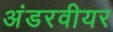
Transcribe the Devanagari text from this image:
अंडरवीयर